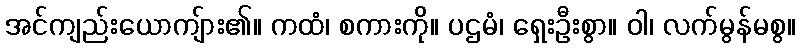
အင်ကျည်းယောကျ်ား၏။ ကထံ၊ စကားကို။ ပဌမံ၊ ရှေးဦးစွာ။ ဝါ၊ လက်မွန်မစွ။